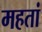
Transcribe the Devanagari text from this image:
महतां